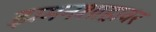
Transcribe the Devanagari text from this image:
झमनशाहावर